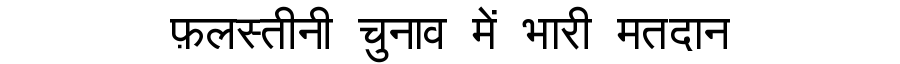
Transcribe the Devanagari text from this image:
फ़लस्तीनी चुनाव में भारी मतदान